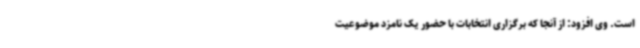
است. وی افزود: از آنجا که برگزاری انتخابات با حضور یک نامزد موضوعیت